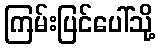
ကြမ်းပြင်ပေါ်သို့